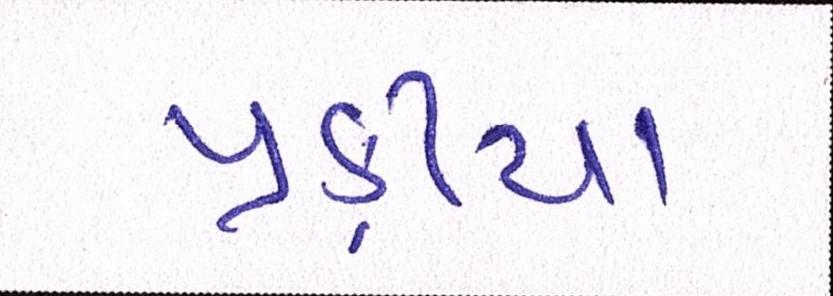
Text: પ્રક્રીયા